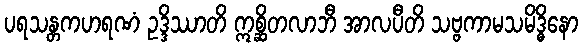
ပရသန္တကဟရဏံ ဥဒ္ဒိဿာတိ ဣစ္ဆိတလာဘီ အာလပီတိ သဗ္ဗကာမသမိဒ္ဓိနော